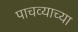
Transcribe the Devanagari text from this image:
पाचव्याच्या